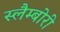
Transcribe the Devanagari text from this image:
स्लैम्बोरी